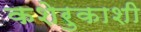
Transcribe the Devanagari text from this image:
कशेरुकाशी